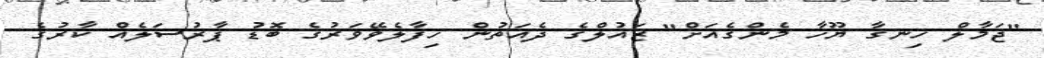
"ޖަމާލް ހިނގާ ޔޫހާ މެންގެއަށް" ޒައުލްގެ ދެއަތުން ހިފާލެވޭވަރުގެ ބޮޑު ޕާރުސަލެއް ކާރުގެ